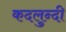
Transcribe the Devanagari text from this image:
कदलुन्दी